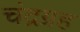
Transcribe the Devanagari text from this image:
चंद्रग्रह